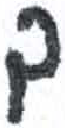
אות: ך